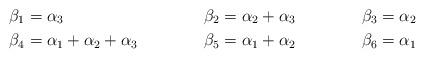
LaTeX: \begin{align*}\beta_1 &= \alpha_3 & \beta_2 &= \alpha_2+\alpha_3 & \beta_3 & = \alpha_2 \\\beta_4 &= \alpha_1+\alpha_2+\alpha_3 & \beta_5 &= \alpha_1+\alpha_2& \beta_6 & = \alpha_1\end{align*}